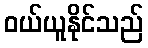
ဝယ်ယူနိုင်သည်